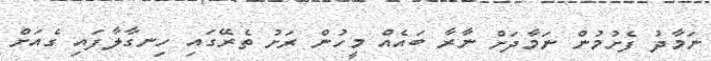
ނަމާދު ފެށުމުން ނަމާދަށް ނާރާ ބައެއް މީހުން ރަށު ތެރޭގައި ހިނގާލާފައި ގެއަށް